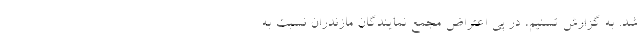
شد. به گزارش تسنیم،‌ در پی اعتراض مجمع نمایندگان مازندران نسبت به